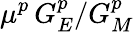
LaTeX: \mu^{p}\, G_{E}^{p}/G_{M}^{p}